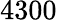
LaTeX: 4300